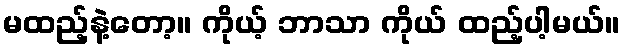
မထည့်နဲ့တော့။ ကိုယ့် ဘာသာ ကိုယ် ထည့်ပါ့မယ်။